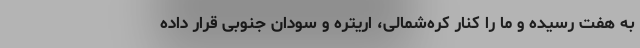
به هفت رسیده و ما را کنار کره‌شمالی، اریتره و سودان جنوبی قرار داده